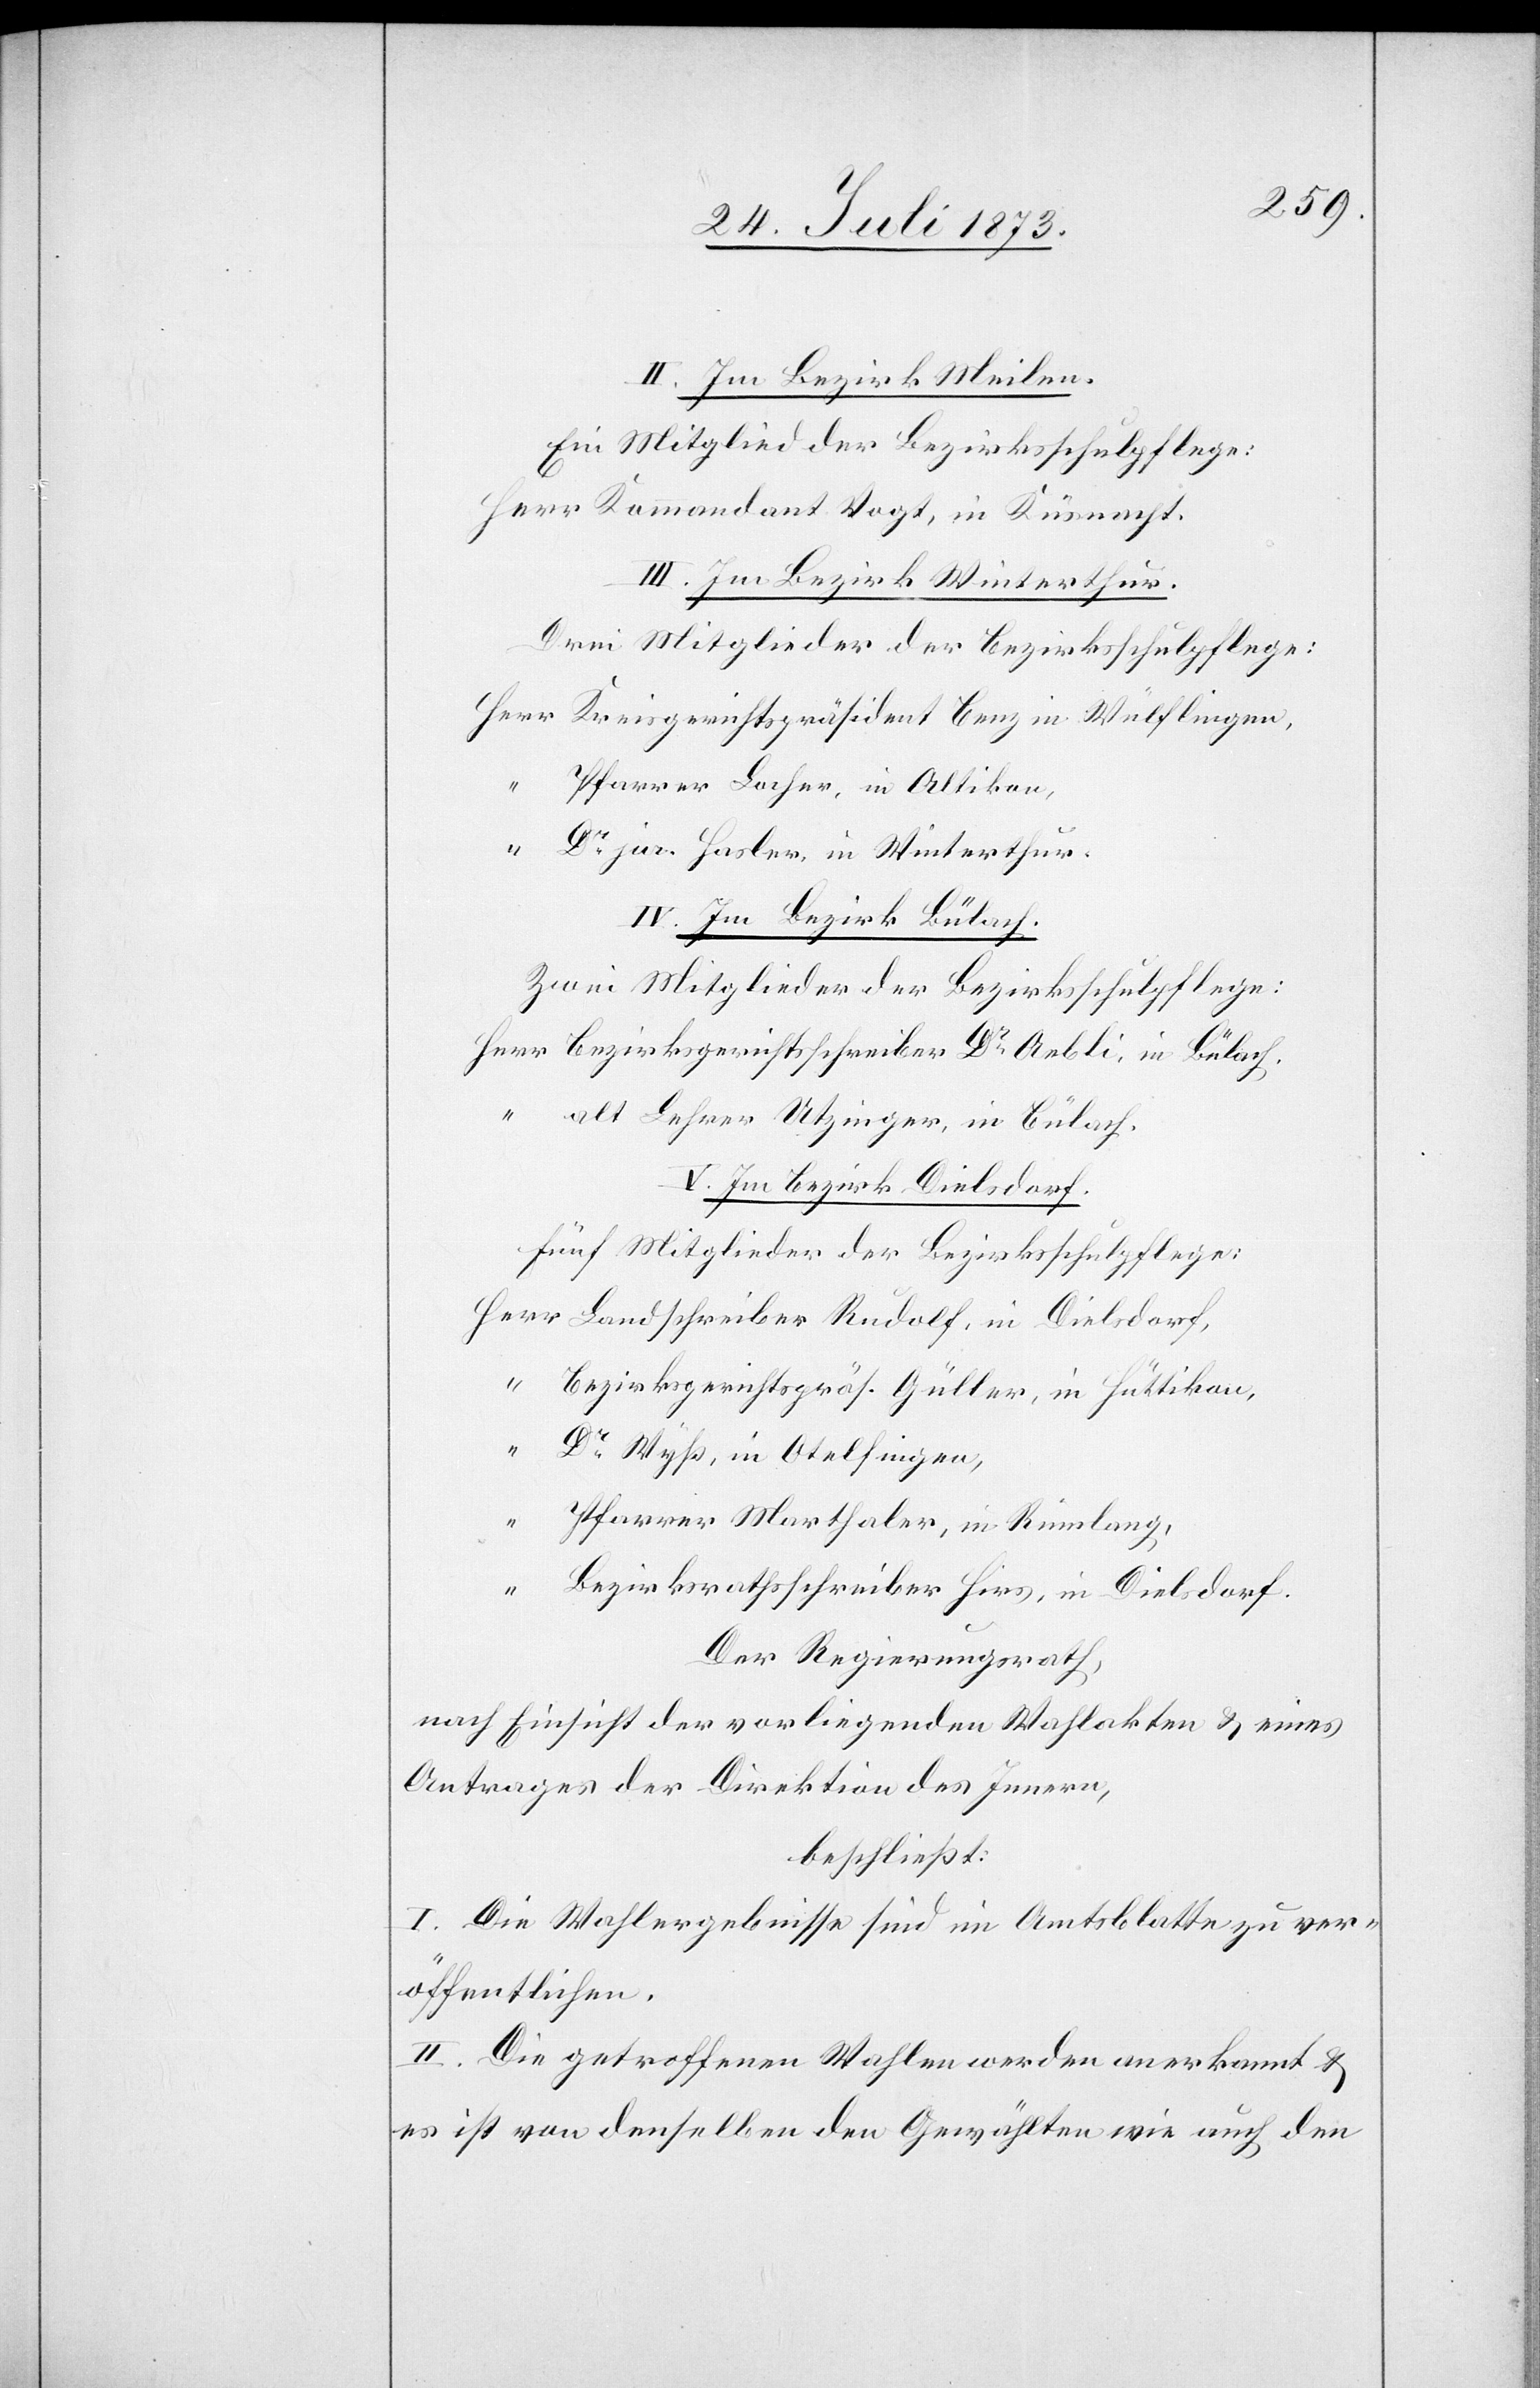
II. Im Bezirk Meilen.
Ein Mitglied der Bezirksschulpflege:
Herr Kommandant Vogt, in Küsnacht.
III. Im Bezirk Winterthur.
Drei Mitglieder der Bezirksschulpflege:
“
Pfarrer Locher, in Altikon,
Dr jur. Hasler, in Winterthur.
IV. Im Bezirk Bülach.
Zwei Mitglieder der Bezirksschulpflege:
Bezirksgerichtsschreiber Dr Aebli, in Bülach.
alt Lehrer Utzinger, in Bülach.
V. Im Bezirk Dielsdorf.
Fünf Mitglieder der Bezirksschulpflege:
Bezirksgerichtspräs. Güller, in Hüttikon,
“
Dr Wyß, in Otelfingen,
Pfarrer Marthaler, in Rümlang,
“
Bezirksrathsschreiber Hirs, in Dielsdorf.
Der Regierungsrath,
nach Einsicht der vorliegenden Wahlakten & eines
Antrages der Direktion des Innern,
beschließt:
I. Die Wahlergebnisse sind im Amtsblatte zu ver¬
öffentlichen.
II. Die getroffenen Wahlen werden anerkannt &
es ist von denselben den Gewählten wie auch den